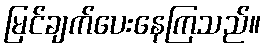
မြင်ချက်ပေးနေကြသည်။